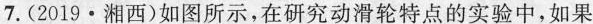
7.(2019 · 湘西)如图所示，在研究动滑轮特点的实验中，如果